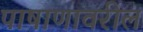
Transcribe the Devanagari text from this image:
पाषाणावरील